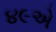
૪૯એ